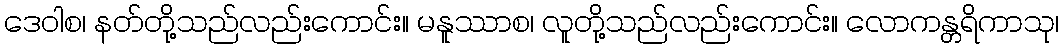
ဒေဝါစ၊ နတ်တို့သည်လည်းကောင်း။ မနူဿာစ၊ လူတို့သည်လည်းကောင်း။ လောကန္တရိကာသု၊